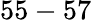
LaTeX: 55-57